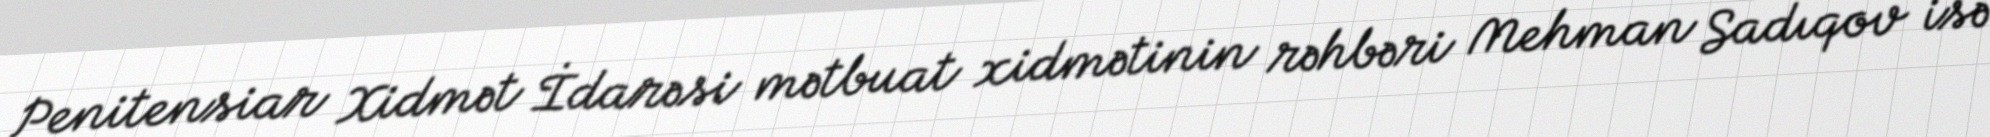
Penitensiar Xidmət İdarəsi mətbuat xidmətinin rəhbəri Mehman Sadıqov isə